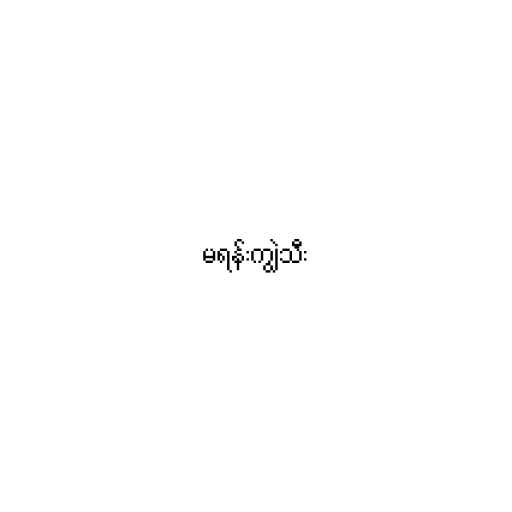
မရန်းကျွဲသီး